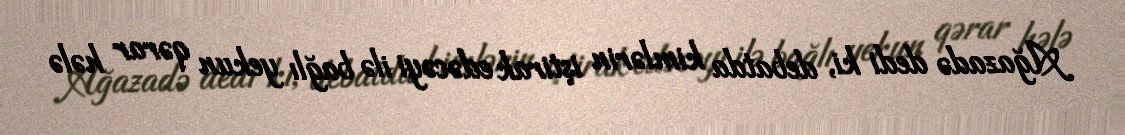
Ağazadə dedi ki, debatda kimlərin iştirak edəcəyi ilə bağlı yekun qərar hələ